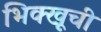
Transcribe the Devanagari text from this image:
भिक्खूची